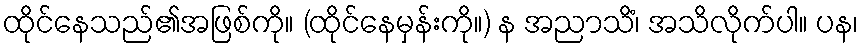
ထိုင်နေသည်၏အဖြစ်ကို။ (ထိုင်နေမှန်းကို။) န အညာသိံ၊ အသိလိုက်ပါ။ ပန၊